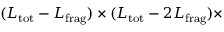
( L _ { \mathrm { t o t } } - L _ { \mathrm { f r a g } } ) \times ( L _ { \mathrm { t o t } } - 2 L _ { \mathrm { f r a g } } ) \times